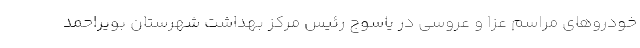
خودروهای مراسم عزا و عروسی در یاسوج رئیس مرکز بهداشت شهرستان بویراحمد